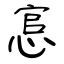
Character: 悹